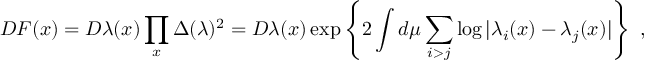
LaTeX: { \cal D } F ( x ) = { \cal D } \lambda ( x ) \prod _ { x } \Delta ( \lambda ) ^ { 2 } = { \cal D } \lambda ( x ) \exp \left\{ 2 \int d \mu \sum _ { i > j } \log | \lambda _ { i } ( x ) - \lambda _ { j } ( x ) | \right\} ~ ,